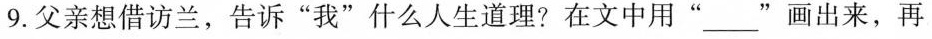
9.父亲想借访兰，告诉“我”什么人坐道理?在文中用“ ___”画出来，再